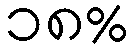
၁၈%